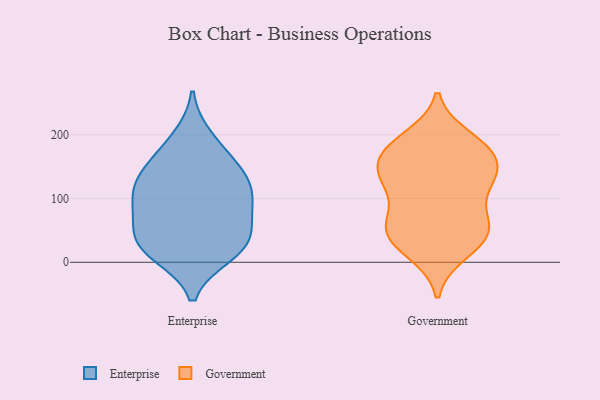
{"axis": {"x": "Inventory Turnover", "y": "Value"}, "legend": ["Enterprise", "Government"], "data": [{"x": "", "y": 26, "type": "Enterprise"}, {"x": "", "y": 115, "type": "Enterprise"}, {"x": "", "y": 14, "type": "Enterprise"}, {"x": "", "y": 59, "type": "Enterprise"}, {"x": "", "y": 140, "type": "Enterprise"}, {"x": "", "y": 35, "type": "Enterprise"}, {"x": "", "y": 39, "type": "Enterprise"}, {"x": "", "y": 120, "type": "Enterprise"}, {"x": "", "y": 105, "type": "Enterprise"}, {"x": "", "y": 145, "type": "Enterprise"}, {"x": "", "y": 80, "type": "Enterprise"}, {"x": "", "y": 170, "type": "Enterprise"}, {"x": "", "y": 196, "type": "Enterprise"}, {"x": "", "y": 89, "type": "Enterprise"}, {"x": "", "y": 12, "type": "Enterprise"}, {"x": "", "y": 195, "type": "Government"}, {"x": "", "y": 173, "type": "Government"}, {"x": "", "y": 50, "type": "Government"}, {"x": "", "y": 152, "type": "Government"}, {"x": "", "y": 76, "type": "Government"}, {"x": "", "y": 48, "type": "Government"}, {"x": "", "y": 124, "type": "Government"}, {"x": "", "y": 180, "type": "Government"}, {"x": "", "y": 137, "type": "Government"}, {"x": "", "y": 118, "type": "Government"}, {"x": "", "y": 22, "type": "Government"}, {"x": "", "y": 42, "type": "Government"}, {"x": "", "y": 175, "type": "Government"}, {"x": "", "y": 62, "type": "Government"}, {"x": "", "y": 182, "type": "Government"}, {"x": "", "y": 55, "type": "Government"}, {"x": "", "y": 133, "type": "Government"}, {"x": "", "y": 15, "type": "Government"}, {"x": "", "y": 132, "type": "Government"}]}